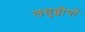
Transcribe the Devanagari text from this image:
लघुद्वीपों